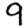
Digit: 9